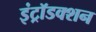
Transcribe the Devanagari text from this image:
इंट्रॉडक्शन